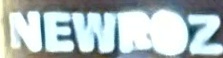
NEWROZ